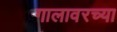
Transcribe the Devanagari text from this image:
गालावरच्या